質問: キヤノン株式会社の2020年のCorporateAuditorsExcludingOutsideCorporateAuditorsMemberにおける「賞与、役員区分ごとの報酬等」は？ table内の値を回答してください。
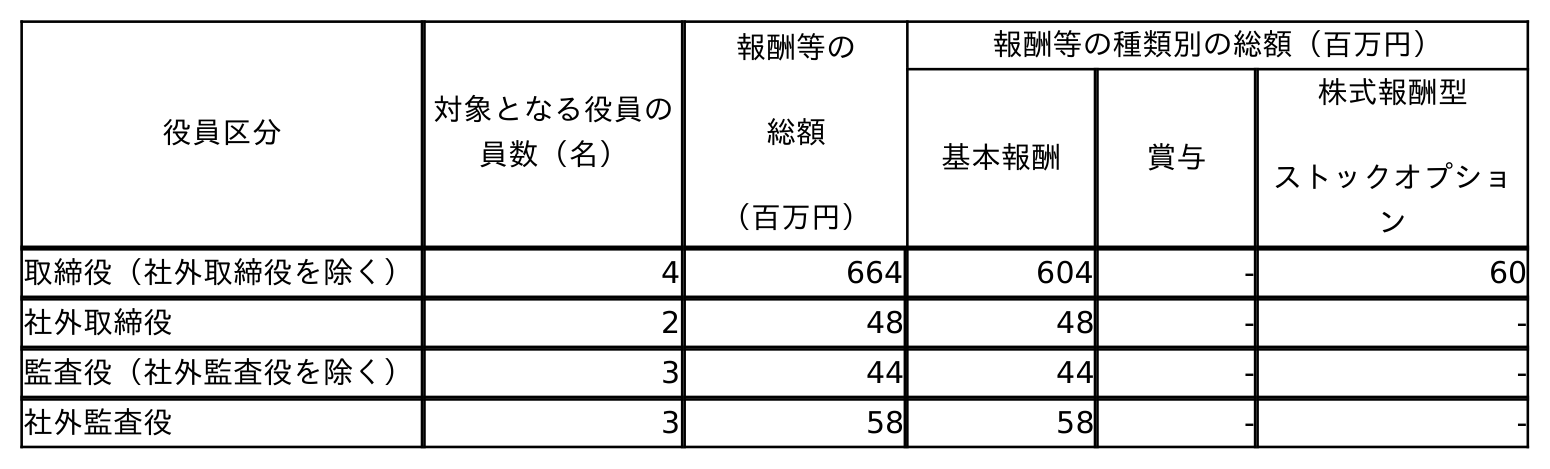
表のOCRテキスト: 役員区分 対象となる役員の 員数（名） 報酬等の 総額 （百万円） 報酬等の種類別の総額（百万円） 基本報酬 賞与 株式報酬型 ストックオプショ ン 取締役（社外取締役を除く） 4 664 604 - 60 社外取締役 2 48 48 - - 監査役（社外監査役を除く） 3 44 44 - - 社外監査役 3 58 58 - -
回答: -